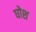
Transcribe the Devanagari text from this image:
घोश